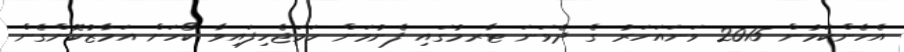
އެހެންކަމުން 2015 ވަނައަހަރު ގެ ދެވަނަ ޓާރމުގައި ފެށުމަށް ހަމަޖެހިފައިވާ ކޯހަށް އަމާޒުކޮށްގެން